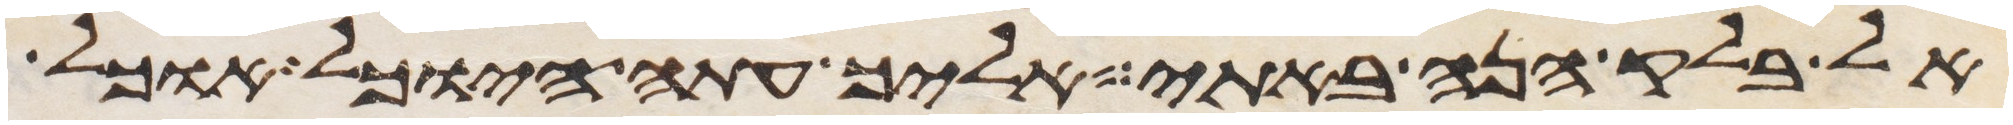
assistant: אל בלק הנה באתי אליך עתה היוכל אוכל